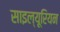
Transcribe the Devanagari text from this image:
साइल्यूरियन